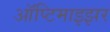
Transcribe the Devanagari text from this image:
ऑप्टिमाइझर